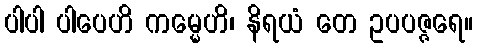
ပါပါ ပါပေဟိ ကမ္မေဟိ၊ နိရယံ တေ ဥပပဇ္ဇရေ။